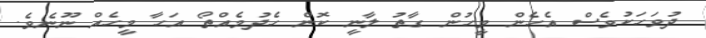
ދުވަހަކުވެސް އެހެން މީހުން ގާތު ލާނީ ކޮން ހެދުމެއްތޯ އަހާ މީހެއް ނޫނެވެ.